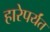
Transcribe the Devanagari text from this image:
हारेपर्यंत